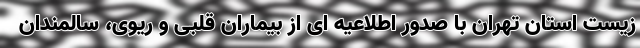
زیست استان تهران با صدور اطلاعیه ای از بیماران قلبی و ریوی، سالمندان